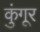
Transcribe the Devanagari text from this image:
कुंगूर